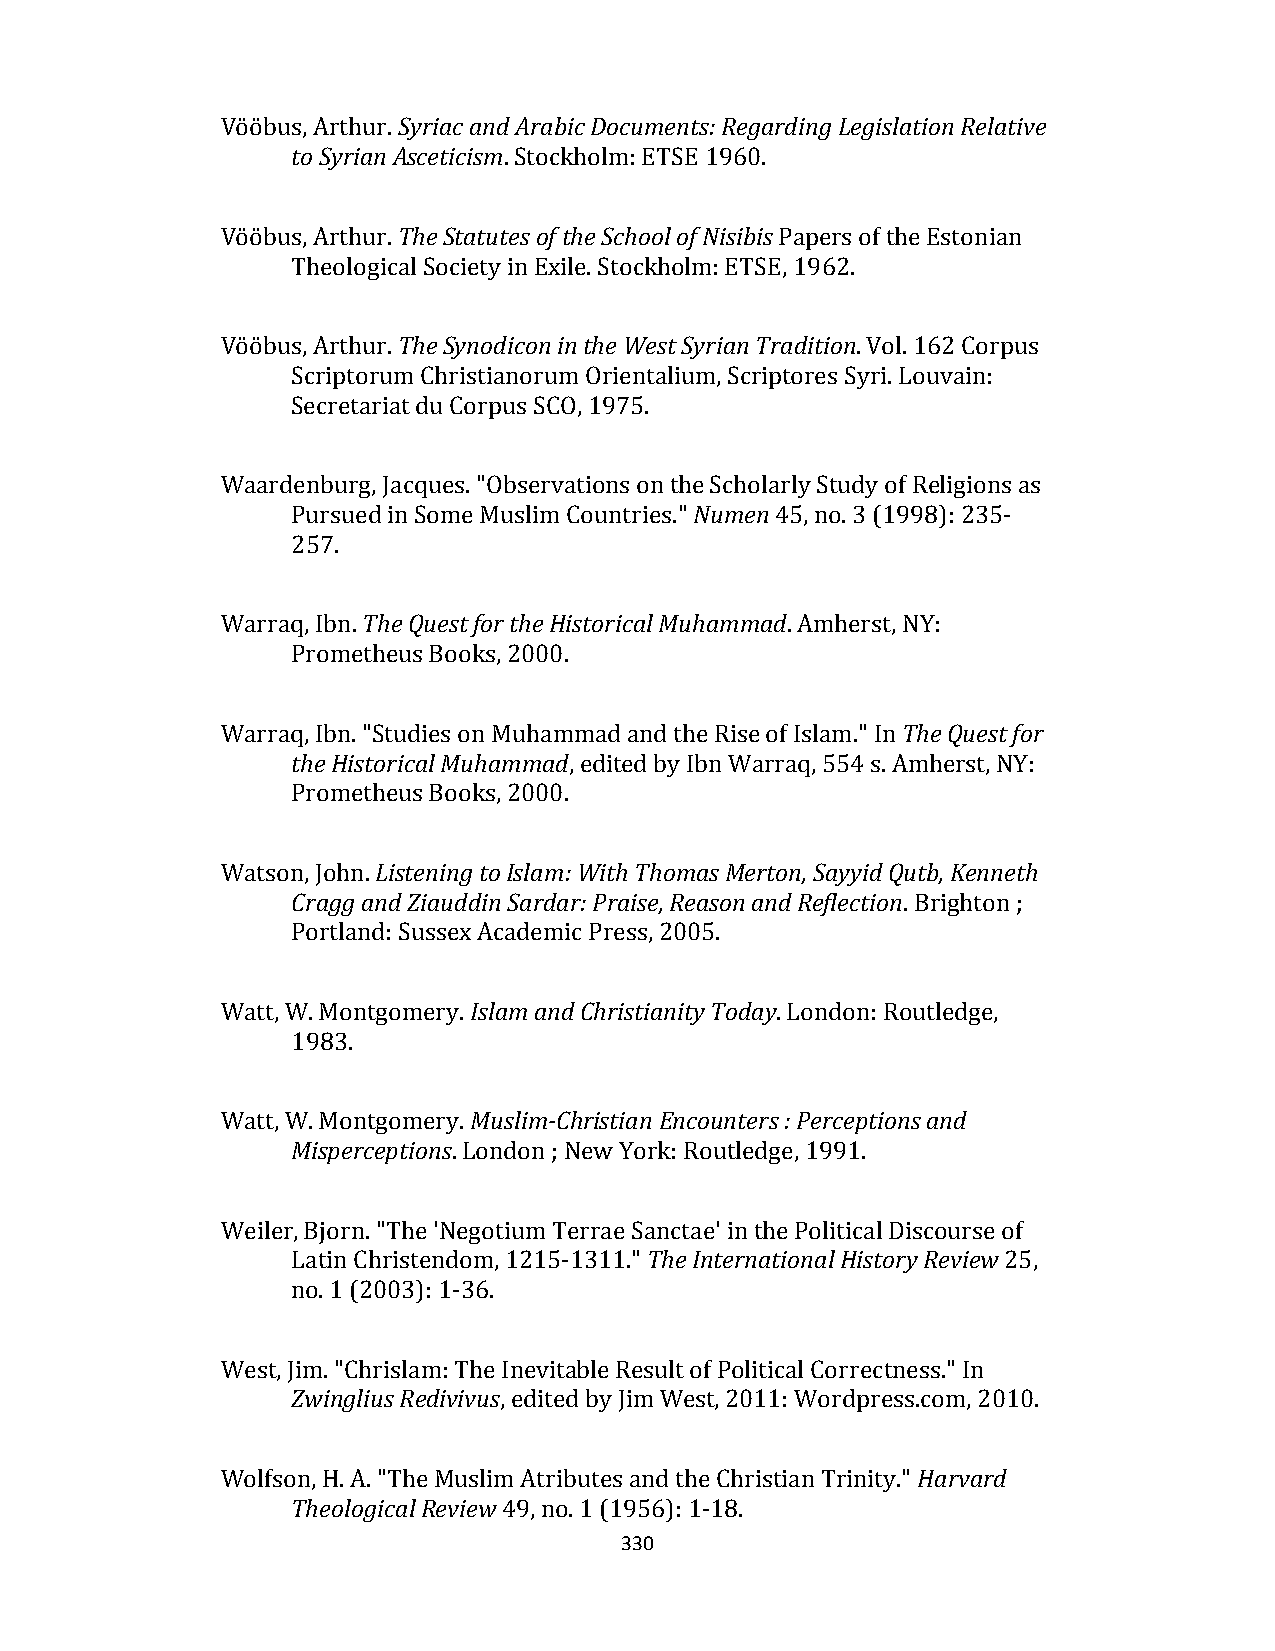
Vööbus, Arthur. Syriac and Arabic Documents: Regarding Legislation Relative
 to Syrian Asceticism. Stockholm: ETSE 1960.
 Vööbus, Arthur. The Statutes of the School of Nisibis Papers of the Estonian
 Theological Society in Exile. Stockholm: ETSE, 1962.
 Vööbus, Arthur. The Synodicon in the West Syrian Tradition. Vol. 162 Corpus
 Scriptorum Christianorum Orientalium, Scriptores Syri. Louvain:
 Secretariat du Corpus SCO, 1975.
 Waardenburg, Jacques. "Observations on the Scholarly Study of Religions as
 Pursued in Some Muslim Countries." Numen 45, no. 3 (1998): 235‐
 257.
 Warraq, Ibn. The Quest for the Historical Muhammad. Amherst, NY:
 Prometheus Books, 2000.
 Warraq, Ibn. "Studies on Muhammad and the Rise of Islam." In The Quest for
 the Historical Muhammad, edited by Ibn Warraq, 554 s. Amherst, NY:
 Prometheus Books, 2000.
 Watson, John. Listening to Islam: With Thomas Merton, Sayyid Qutb, Kenneth
 Cragg and Ziauddin Sardar: Praise, Reason and Reflection. Brighton ;
 Portland: Sussex Academic Press, 2005.
 Watt, W. Montgomery. Islam and Christianity Today. London: Routledge,
 1983.
 Watt, W. Montgomery. Muslim‐Christian Encounters : Perceptions and
 Misperceptions. London ; New York: Routledge, 1991.
 Weiler, Bjorn. "The 'Negotium Terrae Sanctae' in the Political Discourse of
 Latin Christendom, 1215‐1311." The International History Review 25,
 no. 1 (2003): 1‐36.
 West, Jim. "Chrislam: The Inevitable Result of Political Correctness." In
 Zwinglius Redivivus, edited by Jim West, 2011: Wordpress.com, 2010.
 Wolfson, H. A. "The Muslim Atributes and the Christian Trinity." Harvard
 Theological Review 49, no. 1 (1956): 1‐18.
 330